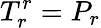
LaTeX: T_{r}^{r}=P_{r}